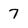
Character: 7